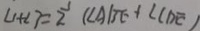
\angle 1 + \angle 3 = \frac { 1 } { 2 } ( \angle A B E + \angle C D E )